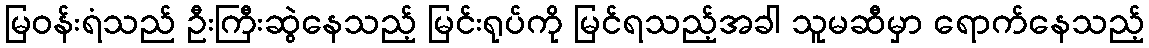
မြဝန်းရံသည် ဦးကြီးဆွဲနေသည့် မြင်းရုပ်ကို မြင်ရသည့်အခါ သူမဆီမှာ ရောက်နေသည့်